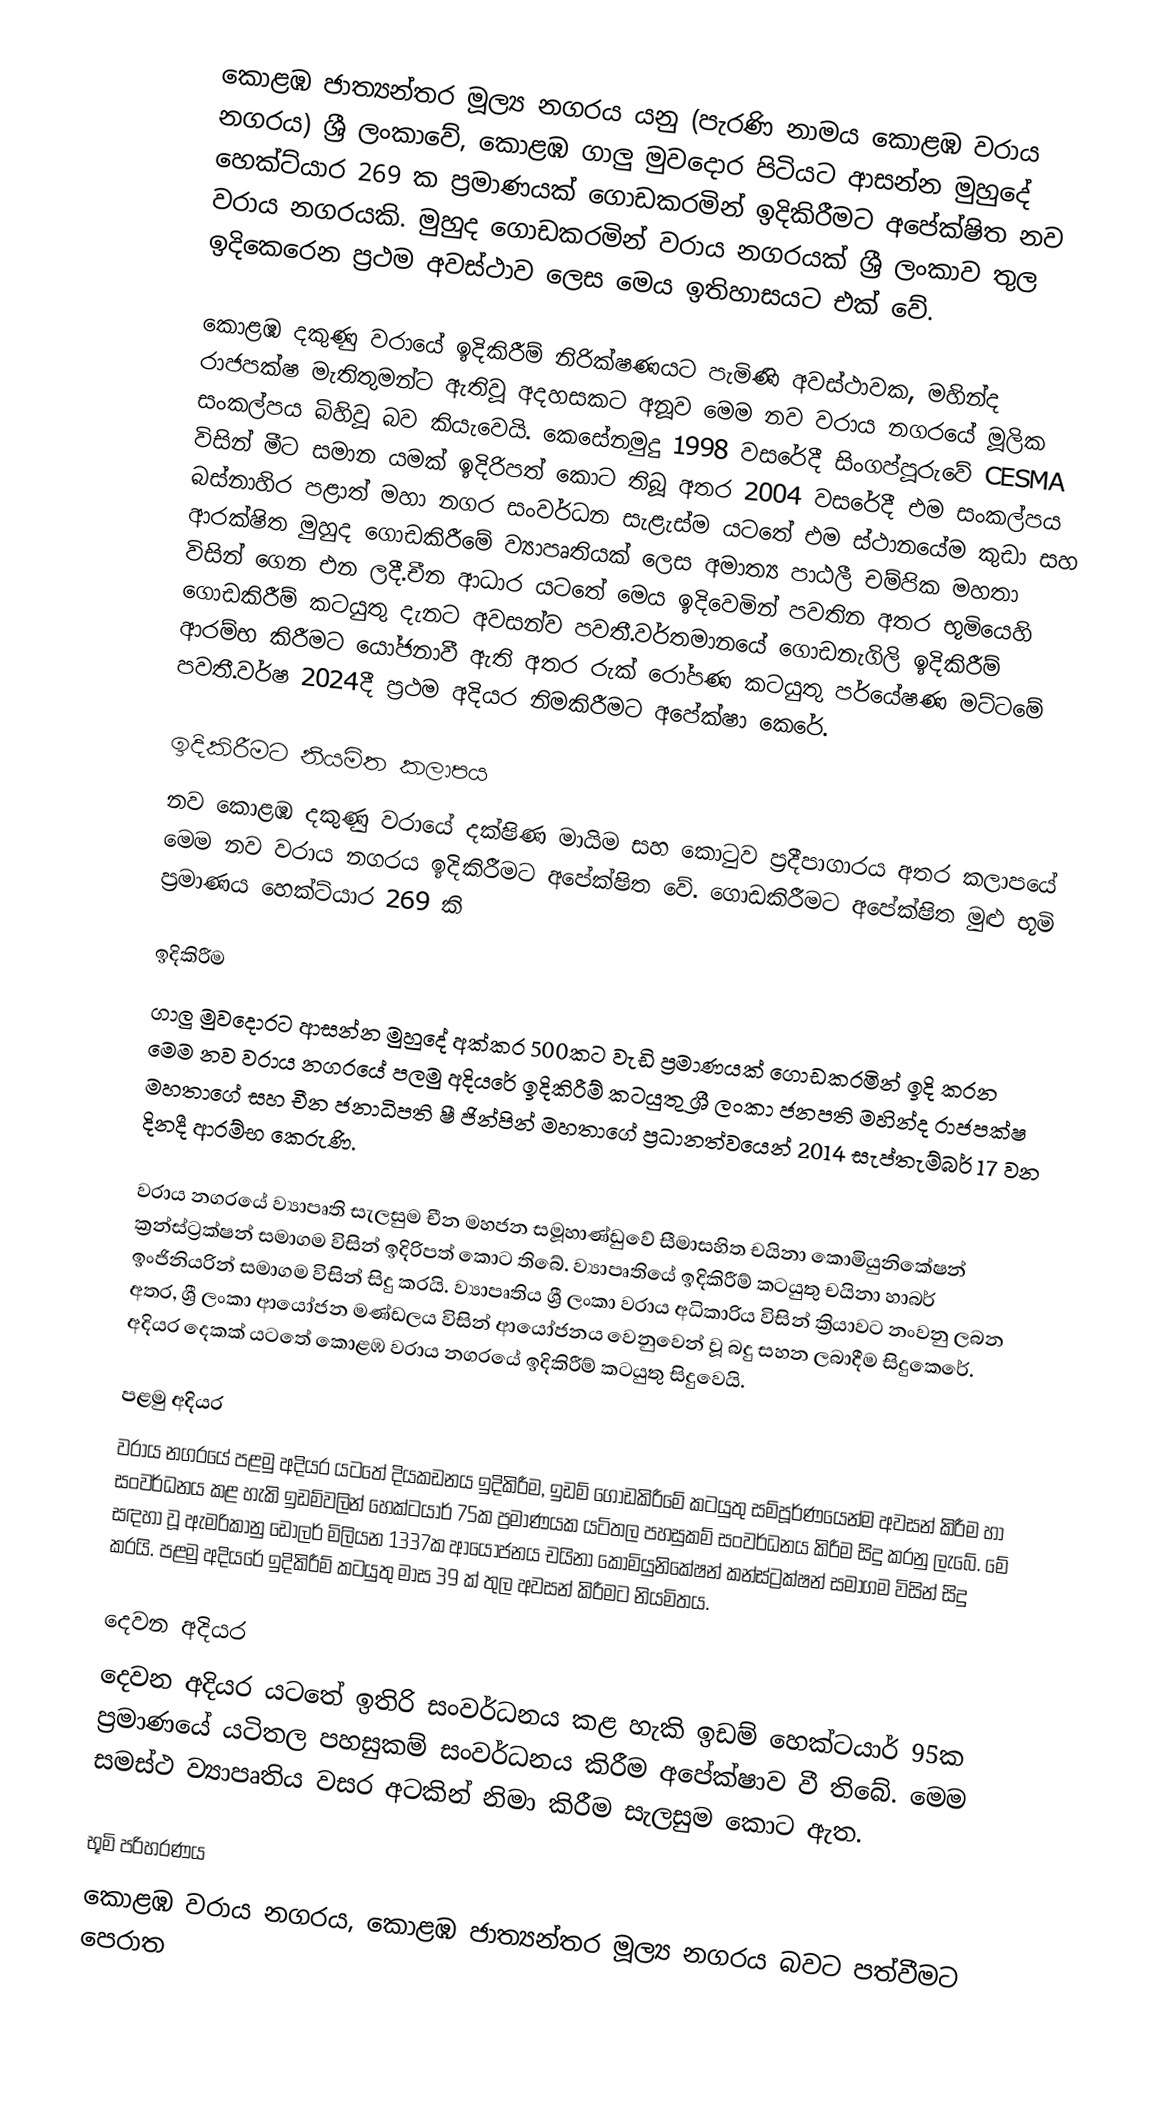
කොළඹ ජාත්‍යන්තර මූල්‍ය නගරය යනු (පැරණි නාමය කොළඹ වරාය නගරය) ශ්‍රී ලංකාවේ, කොළඹ ගාලු මුවදොර පිටියට ආසන්න මුහුදේ හෙක්ට්යාර 269 ක ප්‍රමාණයක් ගොඩකරමින් ඉදිකිරීමට අපේක්ෂිත නව වරාය නගරයකි. මුහුද ගොඩකරමින් වරාය නගරයක් ශ්‍රී ලංකාව තුල ඉදිකෙරෙන ප්‍රථම අවස්ථාව ලෙස මෙය ඉතිහාසයට එක් වේ.

කොළඹ දකුණු වරායේ ඉදිකිරීම් නිරික්ෂණයට පැමිණි අවස්ථාවක, මහින්ද රාජපක්ෂ මැතිතුමන්ට ඇතිවූ අදහසකට අනූව මෙම නව වරාය නගරයේ මූලික සංකල්පය බිහිවූ බව කියැවෙයි. කෙසේනමුදු 1998 වසරේදී සිංගප්පූරුවේ CESMA විසින් මීට සමාන යමක් ඉදිරිපත් කොට තිබූ අතර 2004 වසරේදී එම සංකල්පය බස්නාහිර පළාත් මහා නගර සංවර්ධන සැළැස්ම යටතේ එම ස්ථානයේම කුඩා සහ ආරක්ෂිත මුහුද ගොඩකිරීමේ ව්‍යාපෘතියක් ලෙස  අමාත්‍ය පාඨලී චම්පික මහතා විසින් ගෙන එන ලදී.චීන ආධාර යටතේ මෙය ඉදිවෙමින් පවතින අතර භූමියෙහි ගොඩකිරීම් කටයුතු දැනට අවසන්ව පවතී.වර්තමානයේ ගොඩනැගිලි ඉදිකිරීම් ආරම්භ කිරීමට යෝජනාවී ඇති අතර රුක් රෝපණ කටයුතු පර්යේෂණ මට්ටමේ පවතී.වර්ෂ 2024දී ප්‍රථම අදියර නිමකිරීමට අපේක්ෂා කෙරේ.

ඉදිකිරීමට නියමිත කලාපය
නව කොළඹ දකුණු වරායේ දක්ෂිණ මායිම සහ කොටුව ප්‍රදීපාගාරය අතර කලාපයේ මෙම නව වරාය නගරය ඉදිකිරීමට අපේක්ෂිත වේ. ගොඩකිරීමට අපේක්ෂිත මුළු භූමි ප්‍රමාණය හෙක්ට්යාර 269 කි

ඉදිකිරීම
ගාලු මුවදොරට ආසන්න මුහුදේ අක්කර 500කට වැඩි ප්‍රමාණයක් ගොඩකරමින් ඉදි කරන මෙම නව වරාය නගරයේ පලමු අදියරේ ඉදිකිරීම් කටයුතු ශ්‍රී ලංකා ජනපති මහින්ද රාජපක්ෂ මහතාගේ සහ චීන ජනාධිපති ෂී ජින්පින් මහතාගේ ප්‍රධානත්වයෙන් 2014 සැප්තැම්බර් 17 වන දිනදී ආරම්භ කෙරුණි.

වරාය නගරයේ ව්‍යාපෘති සැලසුම චීන මහජන සමූහාණ්ඩුවේ සීමාසහිත චයිනා කොමියුනිකේෂන් ක්‍රන්ස්ට්‍රක්ෂන් සමාගම විසින් ඉදිරිපත් කොට තිබේ. ව්‍යාපෘතියේ ඉදිකිරීම් කටයුතු චයිනා හාබර් ඉංජිනියරින් සමාගම විසින් සිදු කරයි. ව්‍යාපෘතිය ශ්‍රී ලංකා වරාය අධිකාරිය විසින් ක්‍රියාවට නංවනු ලබන අතර, ශ්‍රී ලංකා ආයෝජන මණ්ඩලය විසින් ආයෝජනය වෙනුවෙන් වූ බදු සහන ලබාදීම සිදුකෙරේ. අදියර දෙකක් යටතේ කොළඹ වරාය නගරයේ ඉදිකිරීම් කටයුතු සිදුවෙයි.

පළමු අදියර
වරාය නගරයේ පළමු අදියර යටතේ දියකඩනය ඉදිකිරීම, ඉඩම් ගොඩකිරීමේ කටයුතු සම්පූර්ණයෙන්ම අවසන් කිරීම හා සංවර්ධනය කළ හැකි ඉඩම්වලින් හෙක්ටයාර් 75ක ප්‍රමාණයක යටිතල පහසුකම් සංවර්ධනය කිරීම සිදු කරනු ලැබේ. මේ සඳහා වූ ඇමරිකානු ඩොලර් මිලියන 1337ක ආයෝජනය චයිනා කොමියුනිකේෂන් කන්ස්ට්‍රක්ෂන් සමාගම විසින් සිදු කරයි. පළමු අදියරේ ඉදිකිරීම් කටයුතු මාස 39 ක් තුල අවසන් කිරීමට නියමිතය.

දෙවන අදියර
දෙවන අදියර යටතේ ඉතිරි සංවර්ධනය කළ හැකි ඉඩම් හෙක්ටයාර් 95ක ප්‍රමාණයේ යටිතල පහසුකම් සංවර්ධනය කිරීම අපේක්ෂාව වී තිබේ. මෙම සමස්ථ ව්‍යාපෘතිය වසර අටකින් නිමා කිරීම සැලසුම කොට ඇත.

භූමි පරිහරණය
කොළඹ වරාය නගරය, කොළඹ ජාත්‍යන්තර මූල්‍ය නගරය බවට පත්වීමට පෙරාත